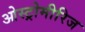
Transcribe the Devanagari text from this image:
ओस्ट्रोमीरिज